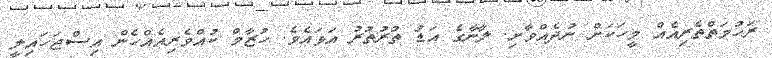
ރަހުމަތްތެރިއެއް މީހަކަށް ނުދެއްވާށި. ލާނާގެ އަޑު ތުރުތުރު އަޅައެވެ. ހުޒާމް ކުއްވެރިއެއްހެން އިސްޖަހައިލީ